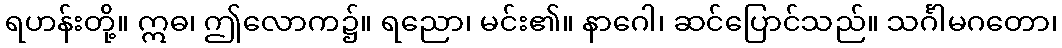
ရဟန်းတို့။ ဣဓ၊ ဤလောက၌။ ရညော၊ မင်း၏။ နာဂေါ၊ ဆင်ပြောင်သည်။ သင်္ဂါမဂတော၊